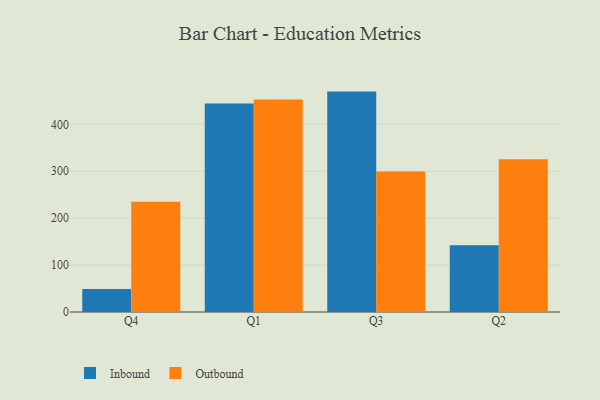
{"axis": {"x": "Quarter", "y": "Tickets Resolved"}, "legend": ["Inbound", "Outbound"], "data": [{"x": "Q4", "y": 49.0, "type": "Inbound"}, {"x": "Q4", "y": 235.0, "type": "Outbound"}, {"x": "Q1", "y": 444.2, "type": "Inbound"}, {"x": "Q1", "y": 453.1, "type": "Outbound"}, {"x": "Q3", "y": 469.8, "type": "Inbound"}, {"x": "Q3", "y": 299.3, "type": "Outbound"}, {"x": "Q2", "y": 142.2, "type": "Inbound"}, {"x": "Q2", "y": 325.8, "type": "Outbound"}]}